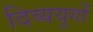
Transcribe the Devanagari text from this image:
दिव्ययुगों